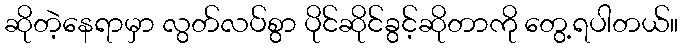
ဆိုတဲ့နေရာမှာ လွတ်လပ်စွာ ပိုင်ဆိုင်ခွင့်ဆိုတာကို တွေ့ရပါတယ်။